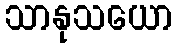
သာနုသယော